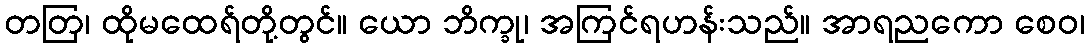
တတြ၊ ထိုမထေရ်တို့တွင်။ ယော ဘိက္ခု၊ အကြင်ရဟန်းသည်။ အာရညကော စေဝ၊